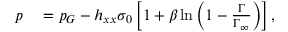
\begin{array} { r l } { p } & { { } = p _ { G } - h _ { x x } \sigma _ { 0 } \left[ 1 + \beta \ln \left( 1 - \frac { \Gamma } { \Gamma _ { \infty } } \right) \right] , } \end{array}